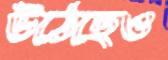
উঠেছেও